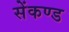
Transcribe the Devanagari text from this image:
सेंकण्ड